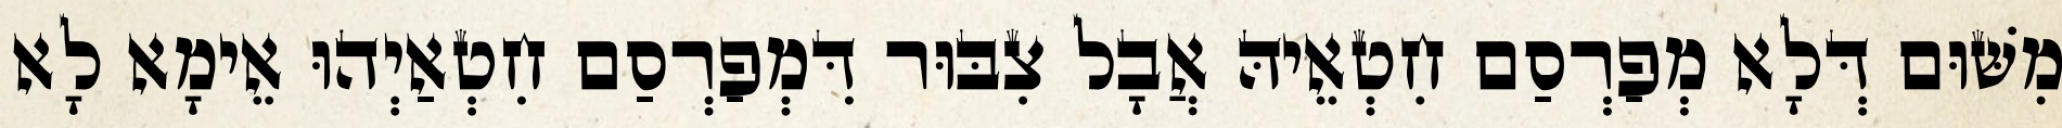
מִשּׁוּם דְּלָא מְפַרְסַם חִטְאֵיהּ אֲבָל צִבּוּר דִּמְפַרְסַם חִטְאַיְהוּ אֵימָא לָא